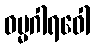
ဓမ္မဂါရဝေါ